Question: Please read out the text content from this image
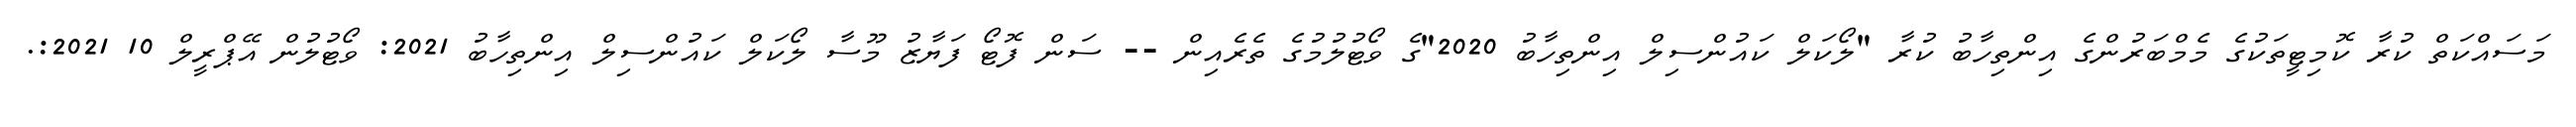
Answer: މަސައްކަތް ކުރާ ކޮމިޓީތަކުގެ މެމްބަރުންގެ އިންތިހާބު ކުރާ "ލޯކަލް ކައުންސިލް އިންތިހާބު 2020"ގެ ވޯޓުލުމުގެ ތެރެއިން -- ސަން ފޮޓޯ ފަޔާޒު މޫސާ ލޯކަލް ކައުންސިލް އިންތިހާބު 2021: ވޯޓުލުން އޭޕްރީލް 10 2021:.